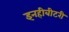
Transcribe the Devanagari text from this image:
इनहीबीटरी